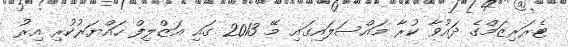
ޓެރަރިޒަމްގެ ދައުވާ ކުރާ މައްސަލައިގައި މޭ 2013 ގައި އަޒްލިފް ހައްޔަރުކުރި އިރު